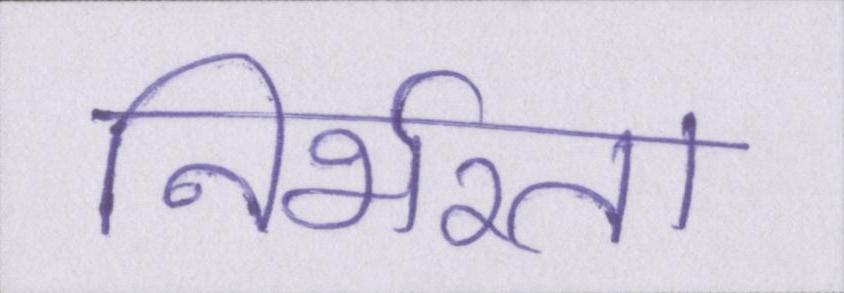
निर्भरता